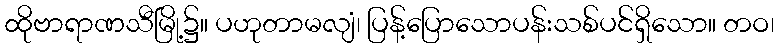
ထိုဗာရာဏသီမြို့၌။ ပဟုတာမလျံ၊ ပြန့်ပြောသောပန်းသစ်ပင်ရှိသော။ တဝ၊